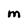
Character: M